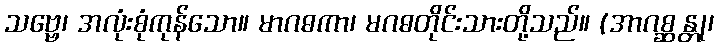
သဗ္ဗေ၊ အလုံးစုံကုန်သော။ မာဂဓကာ၊ မဂဓတိုင်းသားတို့သည်။ (အာဂစ္ဆန္တု၊